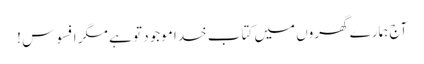
آج ہمارے گھروں میں کتاب خدا موجود تو ہے مگر افسوس !